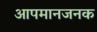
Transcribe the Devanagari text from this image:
आपमानजनक